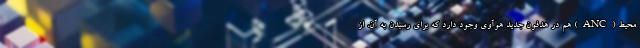
محیط (ANC) هم در هدفون جدید هوآوی وجود دارد که برای رسیدن به آن، از